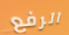
الرفع